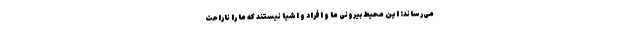
می‌رساند: این محیط بیرونی ما و افراد و اشیا نیستند که ما را ناراحت